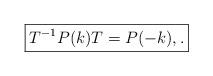
LaTeX: \begin{align*} \boxed{ T^{-1} P(k) T = P(-k), .} \end{align*}